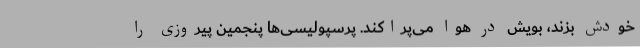
خودش بزند، بویش در هوا می‌پراکَنَد. پرسپولیسی‌ها پنجمین پیروزی را